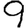
Digit: 9